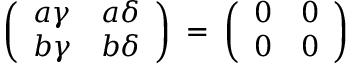
\left( \begin{array} { c c } { { a \gamma } } & { { a \delta } } \\ { { b \gamma } } & { { b \delta } } \end{array} \right) \: = \: \left( \begin{array} { c c } { { 0 } } & { { 0 } } \\ { { 0 } } & { { 0 } } \end{array} \right)